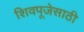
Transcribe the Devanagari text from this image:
शिवपूजेसाठी